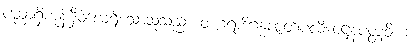
ပညာရှိကုန်မှီဝဲလေ့ရှိသောသူသည်။ တဂ္ဂရာဒိဂန္ဓဇာတိပလိဝေဋ္ဌနပတ္တံဝိယ၊